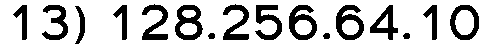
13) 128.256.64.10